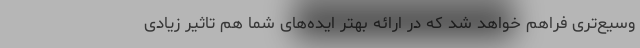
وسیع‌تری فراهم خواهد شد که در ارائه بهتر ایده‌های شما هم تاثیر زیادی